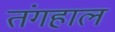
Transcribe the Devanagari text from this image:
तंगहाल